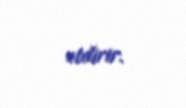
etdirir.